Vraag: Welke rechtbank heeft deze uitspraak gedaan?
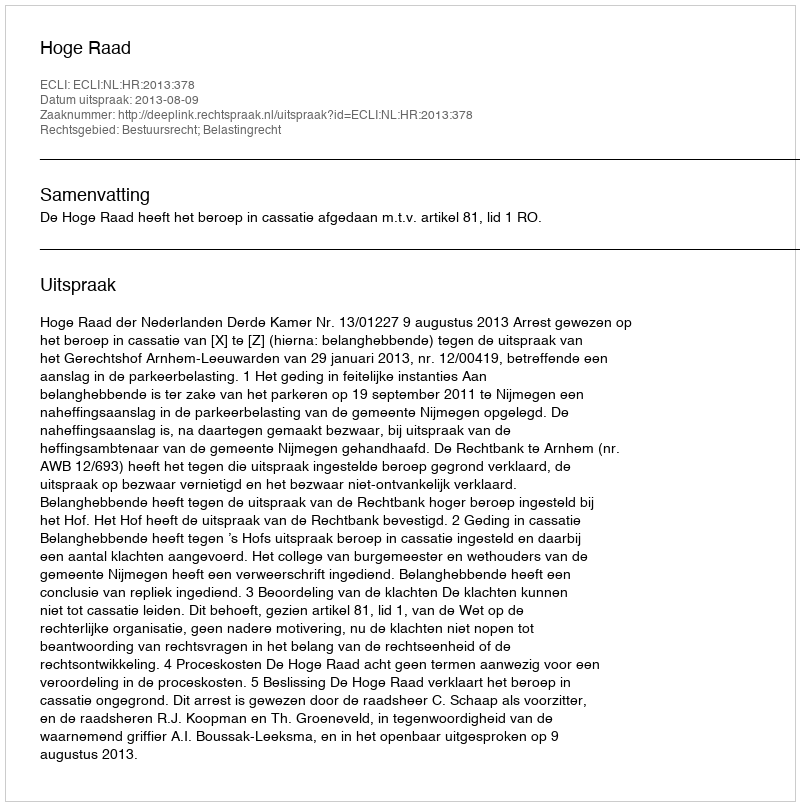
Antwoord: Hoge Raad